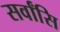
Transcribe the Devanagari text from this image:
सर्वांसि